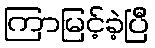
ကြာမြင့်ခဲ့ပြီ